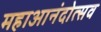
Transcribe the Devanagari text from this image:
महाआनंदोत्सव